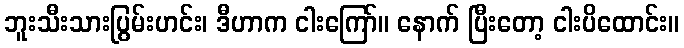
ဘူးသီးသားပြွမ်းဟင်း၊ ဒီဟာက ငါးကြော်။ နောက် ပြီးတော့ ငါးပိထောင်း။